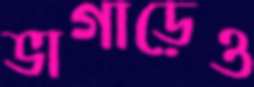
ভাগাড়েও